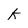
Character: K